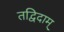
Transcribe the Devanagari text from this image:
तद्विदाम्